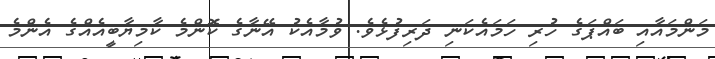
މަންމައާއި ބައްޕަގެ ހުރި ހަމައެކަނި ދަރިފުޅެވެ. ވުމާއެކު އޭނާގެ ކޮންމެ ކާމިޔާބީއެއްގެ އެންމެ